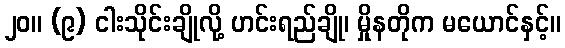
၂၀။ (၉) ငါးသိုင်းချိုလို့ ဟင်းရည်ချို၊ မှိုနတိုက မယောင်နှင့်။